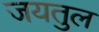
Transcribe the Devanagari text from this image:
जयतुल